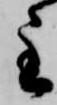
主